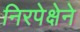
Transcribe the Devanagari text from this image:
निरपेक्षेने